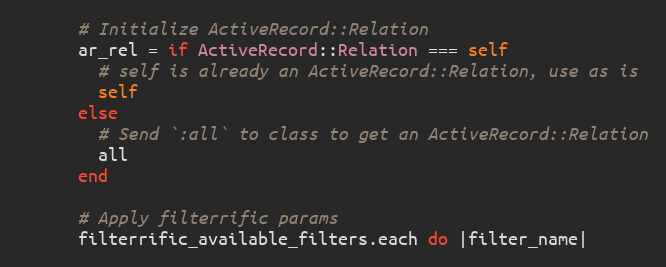
Language: Ruby
      # Initialize ActiveRecord::Relation
      ar_rel = if ActiveRecord::Relation === self
        # self is already an ActiveRecord::Relation, use as is
        self
      else
        # Send `:all` to class to get an ActiveRecord::Relation
        all
      end

      # Apply filterrific params
      filterrific_available_filters.each do |filter_name|